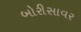
બોરીસાવર